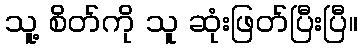
သူ့ စိတ်ကို သူ ဆုံးဖြတ်ပြီးပြီ။